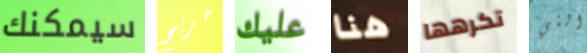
سيمكنك خريج عليك هنا تكرهها التي